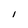
Character: I